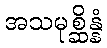
အသမုစ္ဆိန္နံ